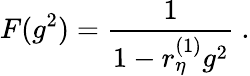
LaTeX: F(g^{2})=\frac 1{1-r_{\eta}^{(1)}g^{2}}\ .